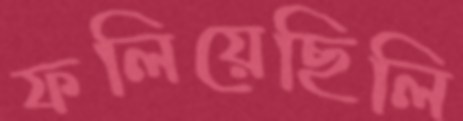
ফলিয়েছিলি